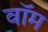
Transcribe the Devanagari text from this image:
वॉम